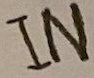
Text: IN